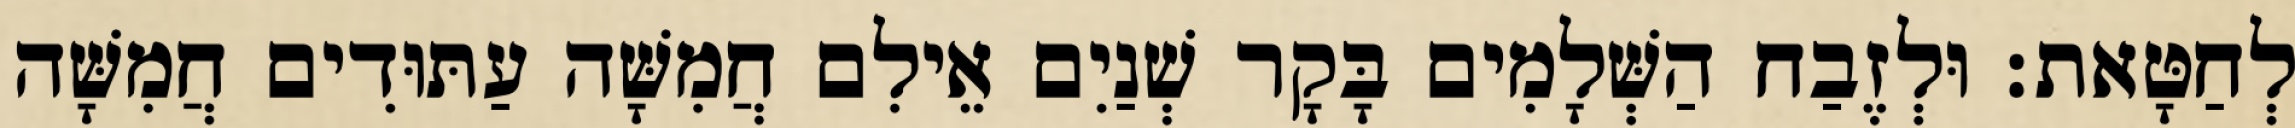
לְחַטָּאת׃ וּלְזֶבַח הַשְּׁלָמִים בָּקָר שְׁנַיִם אֵילִם חֲמִשָּׁה עַתּוּדִים חֲמִשָּׁה